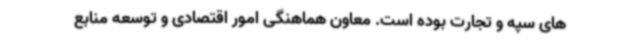
های سپه و تجارت بوده است. معاون هماهنگی امور اقتصادی و توسعه منابع